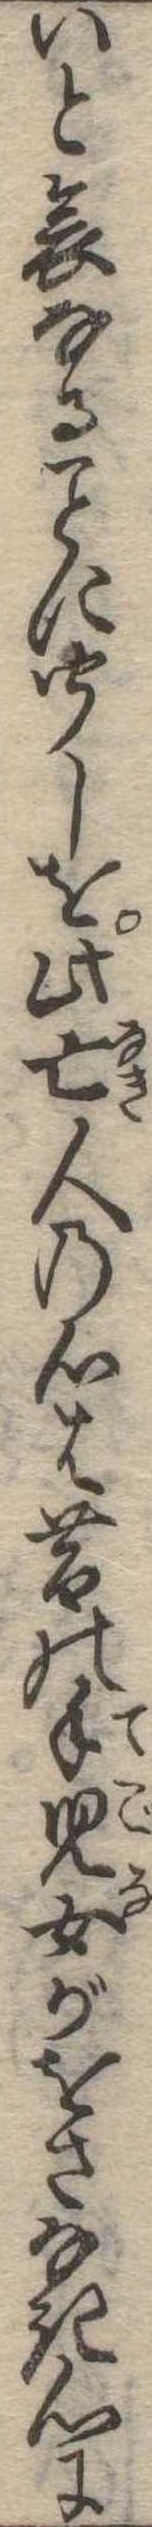
いと哀なるに聞しを此亡人の心は昔の手児女がをさなき心に